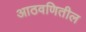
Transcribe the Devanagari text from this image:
आठवणितील